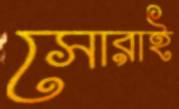
সোরাই